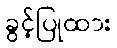
ခွင့်ပြုထား